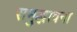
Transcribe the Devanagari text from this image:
समुद्भावना